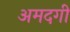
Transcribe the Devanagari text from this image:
अमदगी